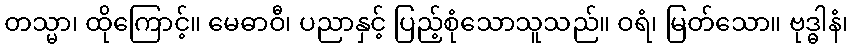
တသ္မာ၊ ထိုကြောင့်။ မေဓာဝီ၊ ပညာနှင့် ပြည့်စုံသောသူသည်။ ဝရံ၊ မြတ်သော။ ဗုဒ္ဓါနံ၊